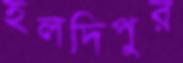
হলদিপুর